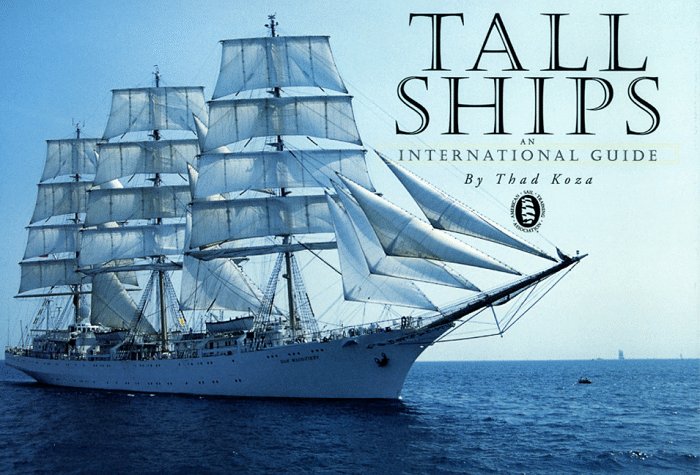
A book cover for Tall Ships; Thaddeus Koza; Arts & Photography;